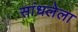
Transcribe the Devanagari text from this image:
सांधलेला